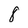
Character: 8